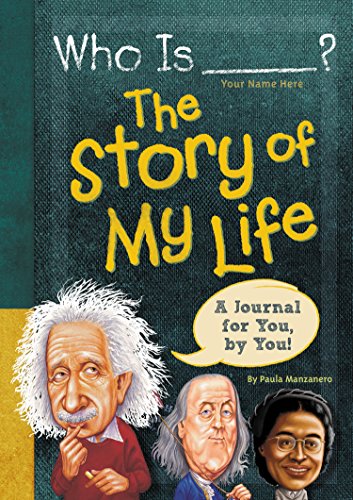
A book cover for Who Is (Your Name Here)?: The Story of My Life (Who Was...?); Paula K Manzanero; Children's Books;